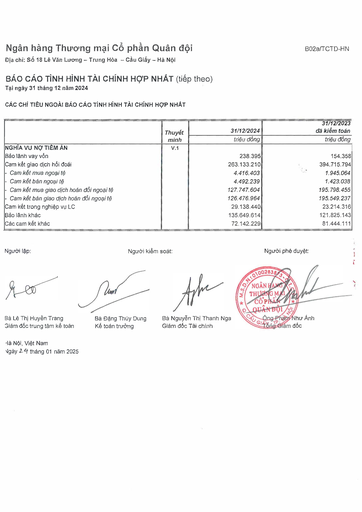
||Thuyết|31/12/2024|31/12/2023 đã kiểm toán| |---|---|---|---| ||minh|triệu đồng|triệu đồng| |NGHĨA VỤ NỢ TIỀM ẨN|V.1||| |Bảo lãnh vay vốn||238.395|154.358| |Cam kết giao dịch hối đoái||263.133.210|394.715.794| |Cam kết mua ngoại tệ||4.416.403|1.945.064| |Cam kết bán ngoại tệ||4.492.239|1.423.038| |Cam kết mua giao dịch hoán đổi ngoại tệ||127.747.604|195.798.455| |Cam kết bán giao dịch hoán đổi ngoại tệ||126.476.964|195.549.237| |Cam kết trong nghiệp vụ LC||29.138.440|23.214.316| |Bảo lãnh khác||135.649.614|121.825.143| |Các cam kết khác||72.142.229|81.444.111|